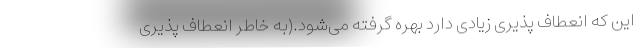
این که انعطاف پذیری زیادی دارد بهره گرفته می‌شود.(به خاطر انعطاف پذیری